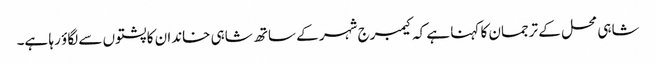
شاہی محل کے ترجمان کا کہنا ہے کہ کیمبرج شہر کے ساتھ شاہی خاندان کا پشتوں سے لگاؤ رہا ہے۔